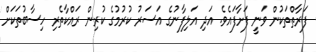
ފަރާތްތަކުން ވަނީ ފަށާފައެވެ. އަދި އަލިފާނުގެ އަސަރު ކުރުމުގެ ކުރިން ރައްކާތެރި ހިސާބުތަކަށް